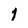
Character: 1